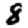
Digit: 8